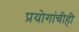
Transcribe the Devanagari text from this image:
प्रयोगांचीही